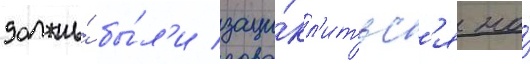
должны́ бы́л'и заци́кл'итьс'я на́